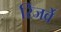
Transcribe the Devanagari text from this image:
रिजर्वे